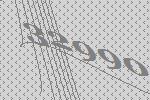
32990